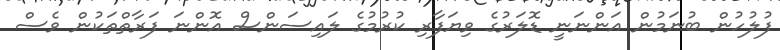
ފުލުހުން ބުނަމުން އަންނަނީ ޑޮލަރުގެ ވިޔަފާރި ކުރުމުގެ ލައިސަންސް އޮންނަ ފަރާތްތަކުން ވެސް